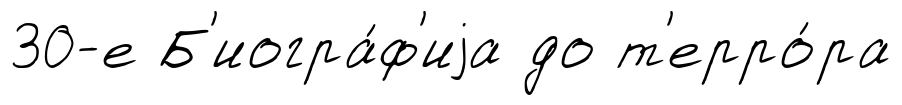
30-е Б'иогра́ф'иjа до т'ерро́ра